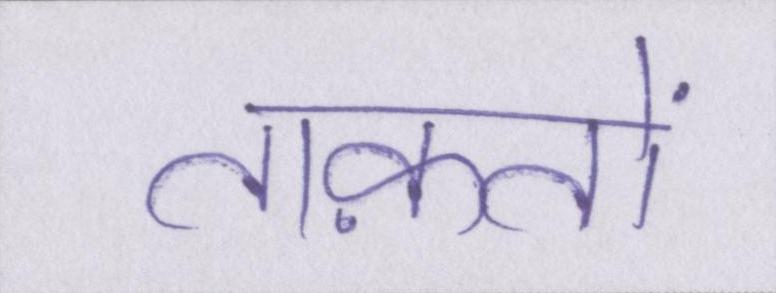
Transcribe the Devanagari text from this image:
ताक़तों